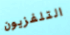
التلفزيون